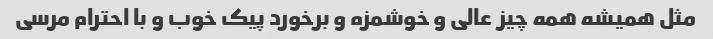
مثل همیشه همه چیز عالی و خوشمزه و برخورد پیک خوب و با احترام مرسی